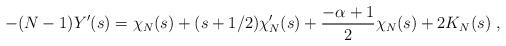
LaTeX: \begin{align*}-(N-1)Y'(s) = \chi_{N}(s)+(s+1/2)\chi_{N}'(s)+\frac{-\alpha+1}{2}\chi_{N}(s)+2K_{N}(s)\ , \end{align*}